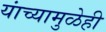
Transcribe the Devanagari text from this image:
यांच्यामुळेही